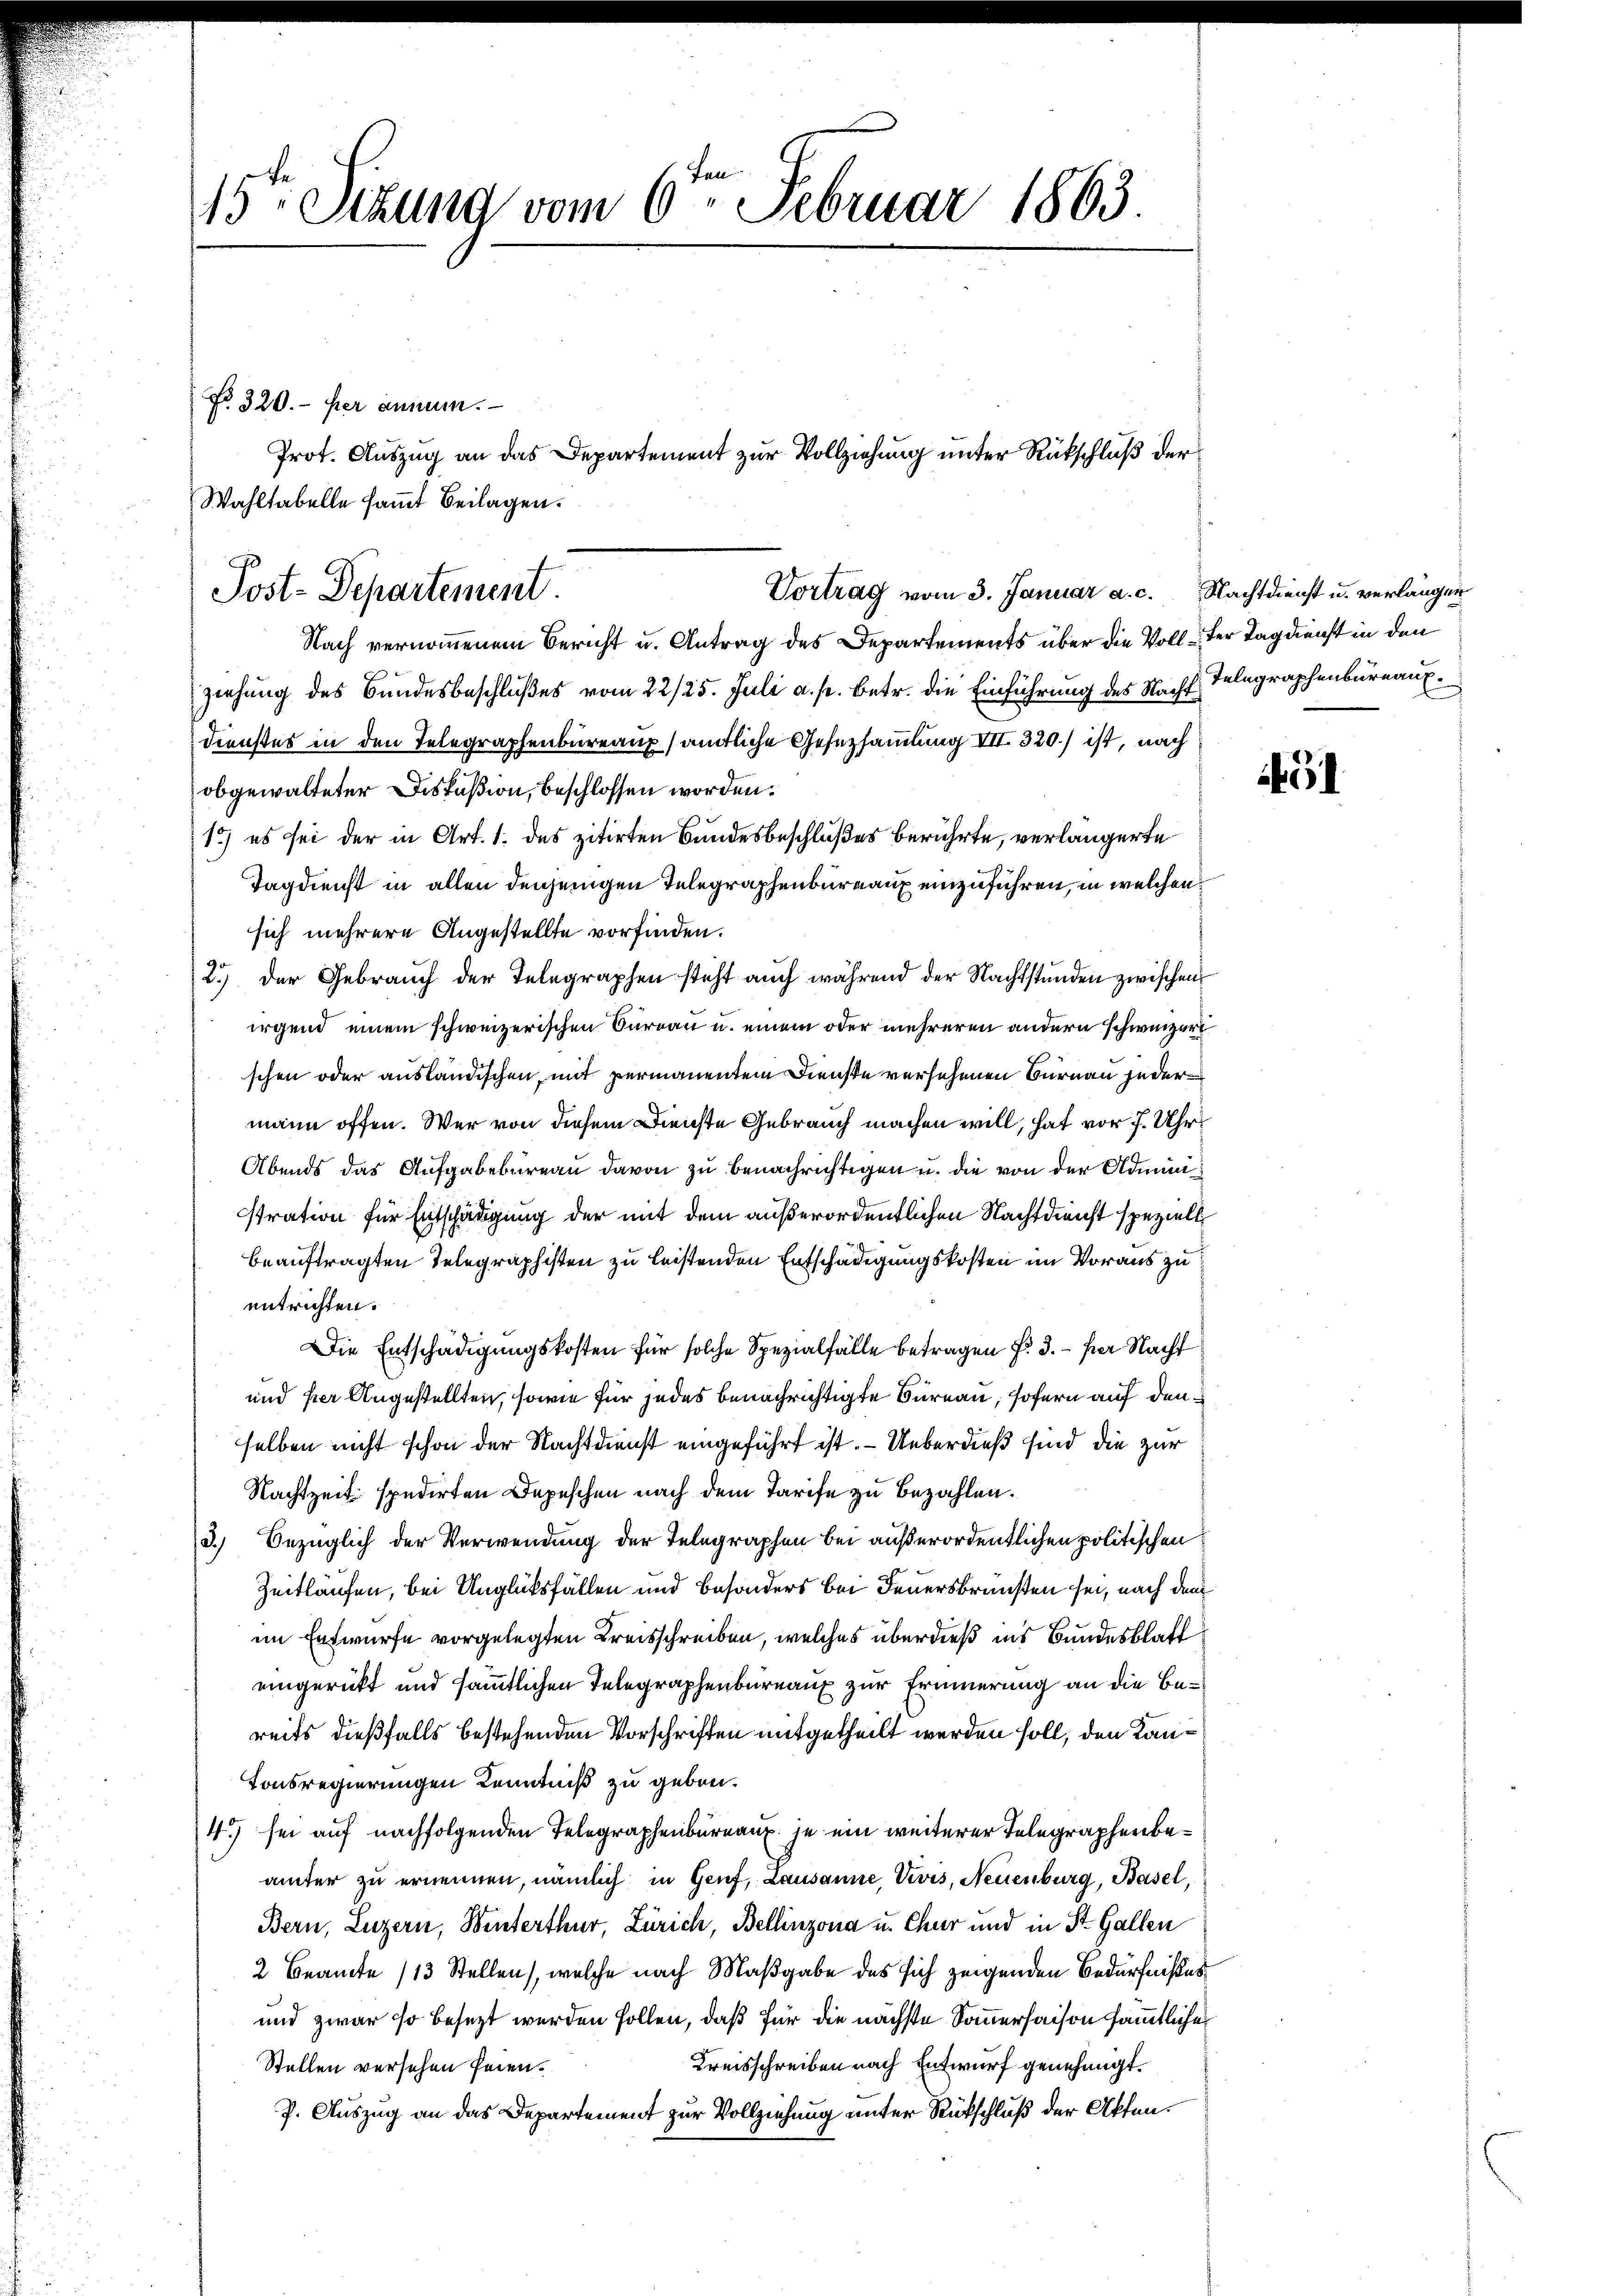
15ten Sizung vom 6ten Februar 1863.

No. 320. her annum.
Wahltabelle sammt Beilagen.

Post-Departement.

Prot. Auszug an das Departement zur Vollziehung unter Rückschluß der

Nach vernommenem Bericht u. Antrag des Departements über die Voll der Tag dienst in den
ziehung des Bundesbeschlußes vom 22/25. Juli a. p. betr. die Einführung des Nacht Telegraphenbureauf¬
Dienstes in den Telegraphenbureau amtliche Gesetzsammlung III 320.) ist, nach
obgewalteter Diskußion, beschlossen worden.
1) es sei der in Art. 1. des zitirten Bundesbeschlußes berührte, verlängerte
Tagdienst in allen denjenigen Telegraphenbureaux einzuführen, in welchen
sich mehrere Angestellte vorfinden.
2.) Der Gebrauch der Telegraphen steht auch während der Nachtstunden zwischen
irgend einem schweizerischen Bureau u. einem oder mehreren andern schweizeri
schen oder ausländischen, mit permanentem Dienste versehenen Burnau jedermann offen. Wer von diesem Dienste Gebrauch machen will, hat vor 7. Uhr
Abends das Aufgabebureau davon zu benachrichtigen u. die von der Adminisstration für Entschädigung der mit dem außerordentlichen Nachtdienst speziell
beauftragten Telegraphisten zu leistenden Entschädigungskosten im Voraus zu
entrichten.
Die Entschädigungskosten für solche Spezialfalle betragen f. 3. per Nacht
und hier Angestellten, sowie für jedes benachrichtigte Bureau, sofern auf den
selben nicht schon der Nachtdienst eingeführt ist.  Ueberdieß sind die zur
Nachtzeit spedirten Depeschen nach dem Tarife zu bezahlen.
3.) Bezüglich der Verwendung der Telegraphen bei außerordentlichen politischen
Zeitläufen, bei Unglüksfällen und Besonders bei Feuersbrunsten sei, nach dem
in Entwurfe vorgelegten Kreisschreiben, welches überdieß ins Bundesblatt
eingerückt und sämmtlichen Telegraphenbureau zur Erinnerung an die Bereits dießfalls bestehenden Vorschriften mitgetheilt werden soll, den Kan¬
Tonsregierungen Kenntniß zu geben.
4) sei auf nachfolgenden Telegraphenbureaux. je ein weiterer Telegraphenbeämter zu ernennen, nämlich in Genf, Lausanne, Vivis, Neuenburg, Basel,
Bern, Luzern, Winterthur, Zürich, Bellinzona u. Chur und in St. Gallen
2 Beamte /13 Stellen, welche nach Maßgabe des sich zeigenden Bedürfnißes
und zwar so besezt werden sollen, daß für die nächste Sommerhaisen sämmtliche
Kreisschreiben nach Entwurf genehmigt.
Stellen versehen seien.
P. Auszug an das Departement zur Vollziehung unter Rückschluß der Akten.

Vortrag vom 3. Januar a. c. Nachtdienst u. verlänger

51